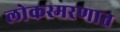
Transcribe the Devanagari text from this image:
लोकस्मरणात